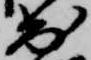
出